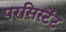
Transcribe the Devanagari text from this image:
परसिस्टेंट